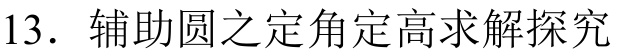
13. 辅助圆之定角定高求解探究